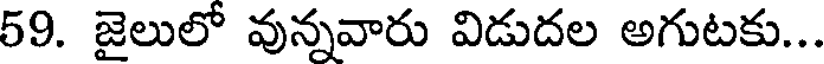
59. జైలులో వున్నవారు విడుదల అగుటకు...